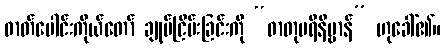
ဓာတ်ပေါင်းကိုယ်တော် ချုပ်ငြိမ်းခြင်းကို “ဓာတုပရိနိဗ္ဗာန်” ဟုခေါ်၏။